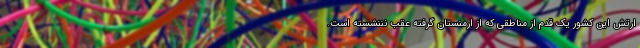
ارتش این کشور یک قدم از مناطقی که از ارمنستان گرفته عقب نننشسته است.